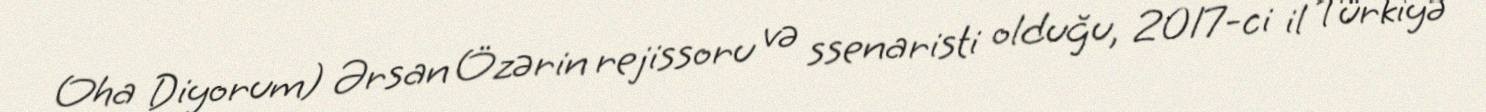
Oha Diyorum) Ərsan Özərin rejissoru və ssenaristi olduğu, 2017-ci il Türkiyə